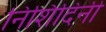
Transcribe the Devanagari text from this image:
निशिदिनी